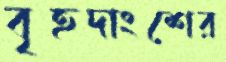
বৃহদাংশের